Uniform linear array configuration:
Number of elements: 48
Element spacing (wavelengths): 0.25
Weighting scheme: hann
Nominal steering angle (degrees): -45
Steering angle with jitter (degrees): -46.682
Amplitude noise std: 0.05
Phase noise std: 0.05

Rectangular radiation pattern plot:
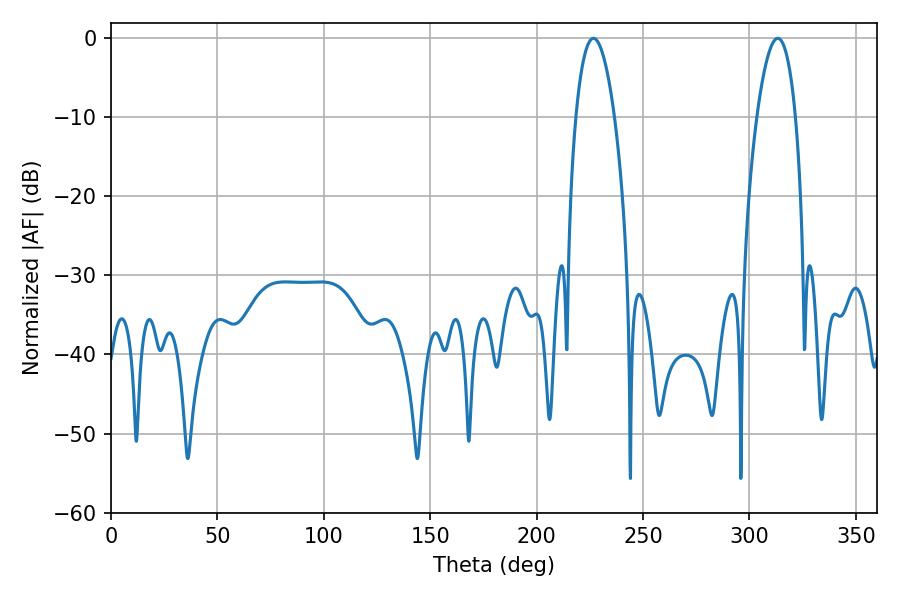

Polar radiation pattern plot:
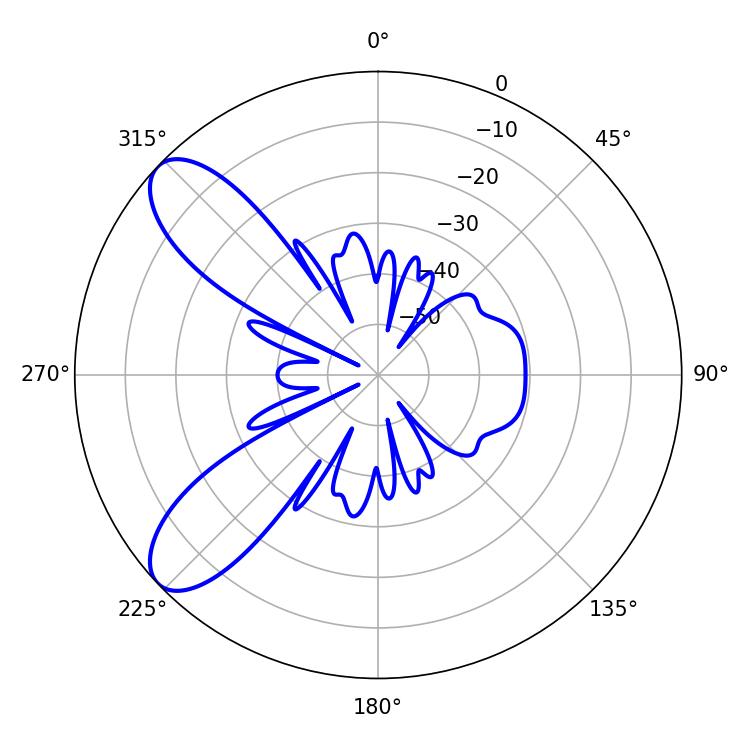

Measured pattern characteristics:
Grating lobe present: FALSE
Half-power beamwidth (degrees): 10.08
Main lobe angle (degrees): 226.62